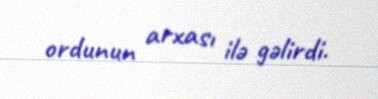
ordunun arxası ilə gəlirdi.